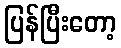
ပြန်ပြီးတော့